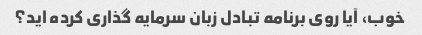
خوب، آیا روی برنامه تبادل زبان سرمایه گذاری کرده اید؟